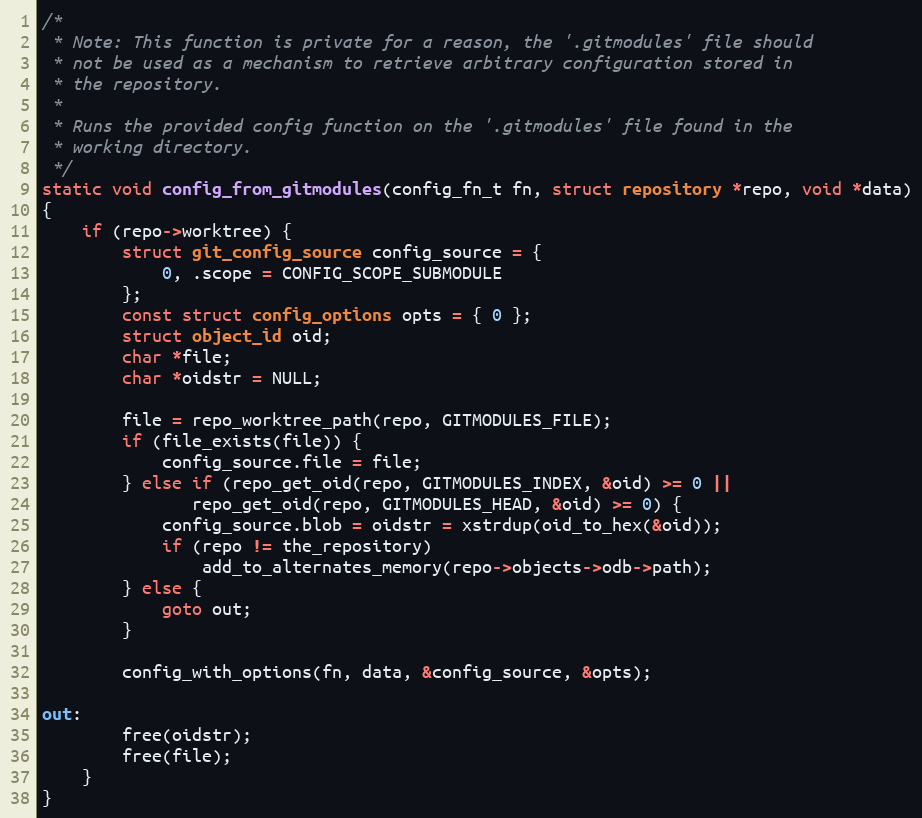
Language: C
/*
 * Note: This function is private for a reason, the '.gitmodules' file should
 * not be used as a mechanism to retrieve arbitrary configuration stored in
 * the repository.
 *
 * Runs the provided config function on the '.gitmodules' file found in the
 * working directory.
 */
static void config_from_gitmodules(config_fn_t fn, struct repository *repo, void *data)
{
	if (repo->worktree) {
		struct git_config_source config_source = {
			0, .scope = CONFIG_SCOPE_SUBMODULE
		};
		const struct config_options opts = { 0 };
		struct object_id oid;
		char *file;
		char *oidstr = NULL;

		file = repo_worktree_path(repo, GITMODULES_FILE);
		if (file_exists(file)) {
			config_source.file = file;
		} else if (repo_get_oid(repo, GITMODULES_INDEX, &oid) >= 0 ||
			   repo_get_oid(repo, GITMODULES_HEAD, &oid) >= 0) {
			config_source.blob = oidstr = xstrdup(oid_to_hex(&oid));
			if (repo != the_repository)
				add_to_alternates_memory(repo->objects->odb->path);
		} else {
			goto out;
		}

		config_with_options(fn, data, &config_source, &opts);

out:
		free(oidstr);
		free(file);
	}
}